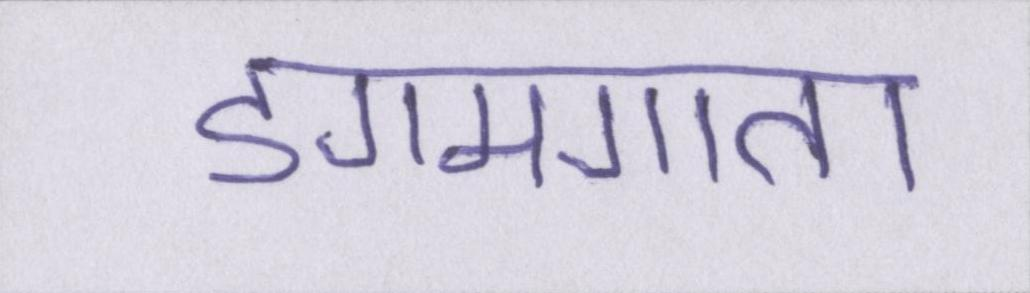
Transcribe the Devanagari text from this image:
डगमगाता